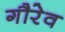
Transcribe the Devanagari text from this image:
गौरेव